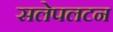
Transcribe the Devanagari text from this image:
सलेपलटन